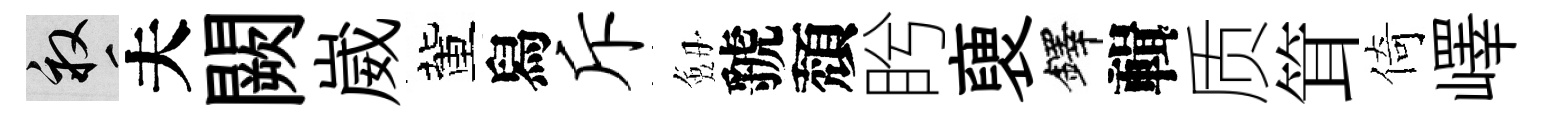
畝夫闕崴董舄斥劔虢頽盻褏鐸輯质䇯倚嶧